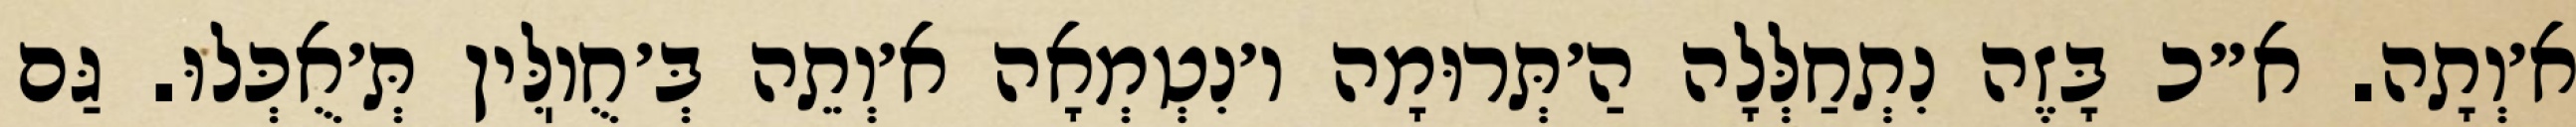
א׳וְתָה. א״כ בָּזֶה נִתְחַלְּלָה הַ׳תְּרוּמָה ו׳נִטְמְאָה א׳וְתֵה בְּ׳חֻוֽלִּין תְּ׳אֻכְּלוּ. גַּם